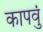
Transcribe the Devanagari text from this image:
कापवुं